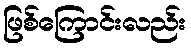
ဖြစ်ကြောင်းလည်း